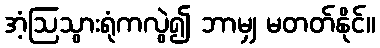
အံ့ဩသွားရုံကလွဲ၍ ဘာမျှ မတတ်နိုင်။